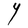
Character: Y